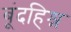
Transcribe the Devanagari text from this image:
बूंदहिश्न